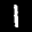
Label: 1